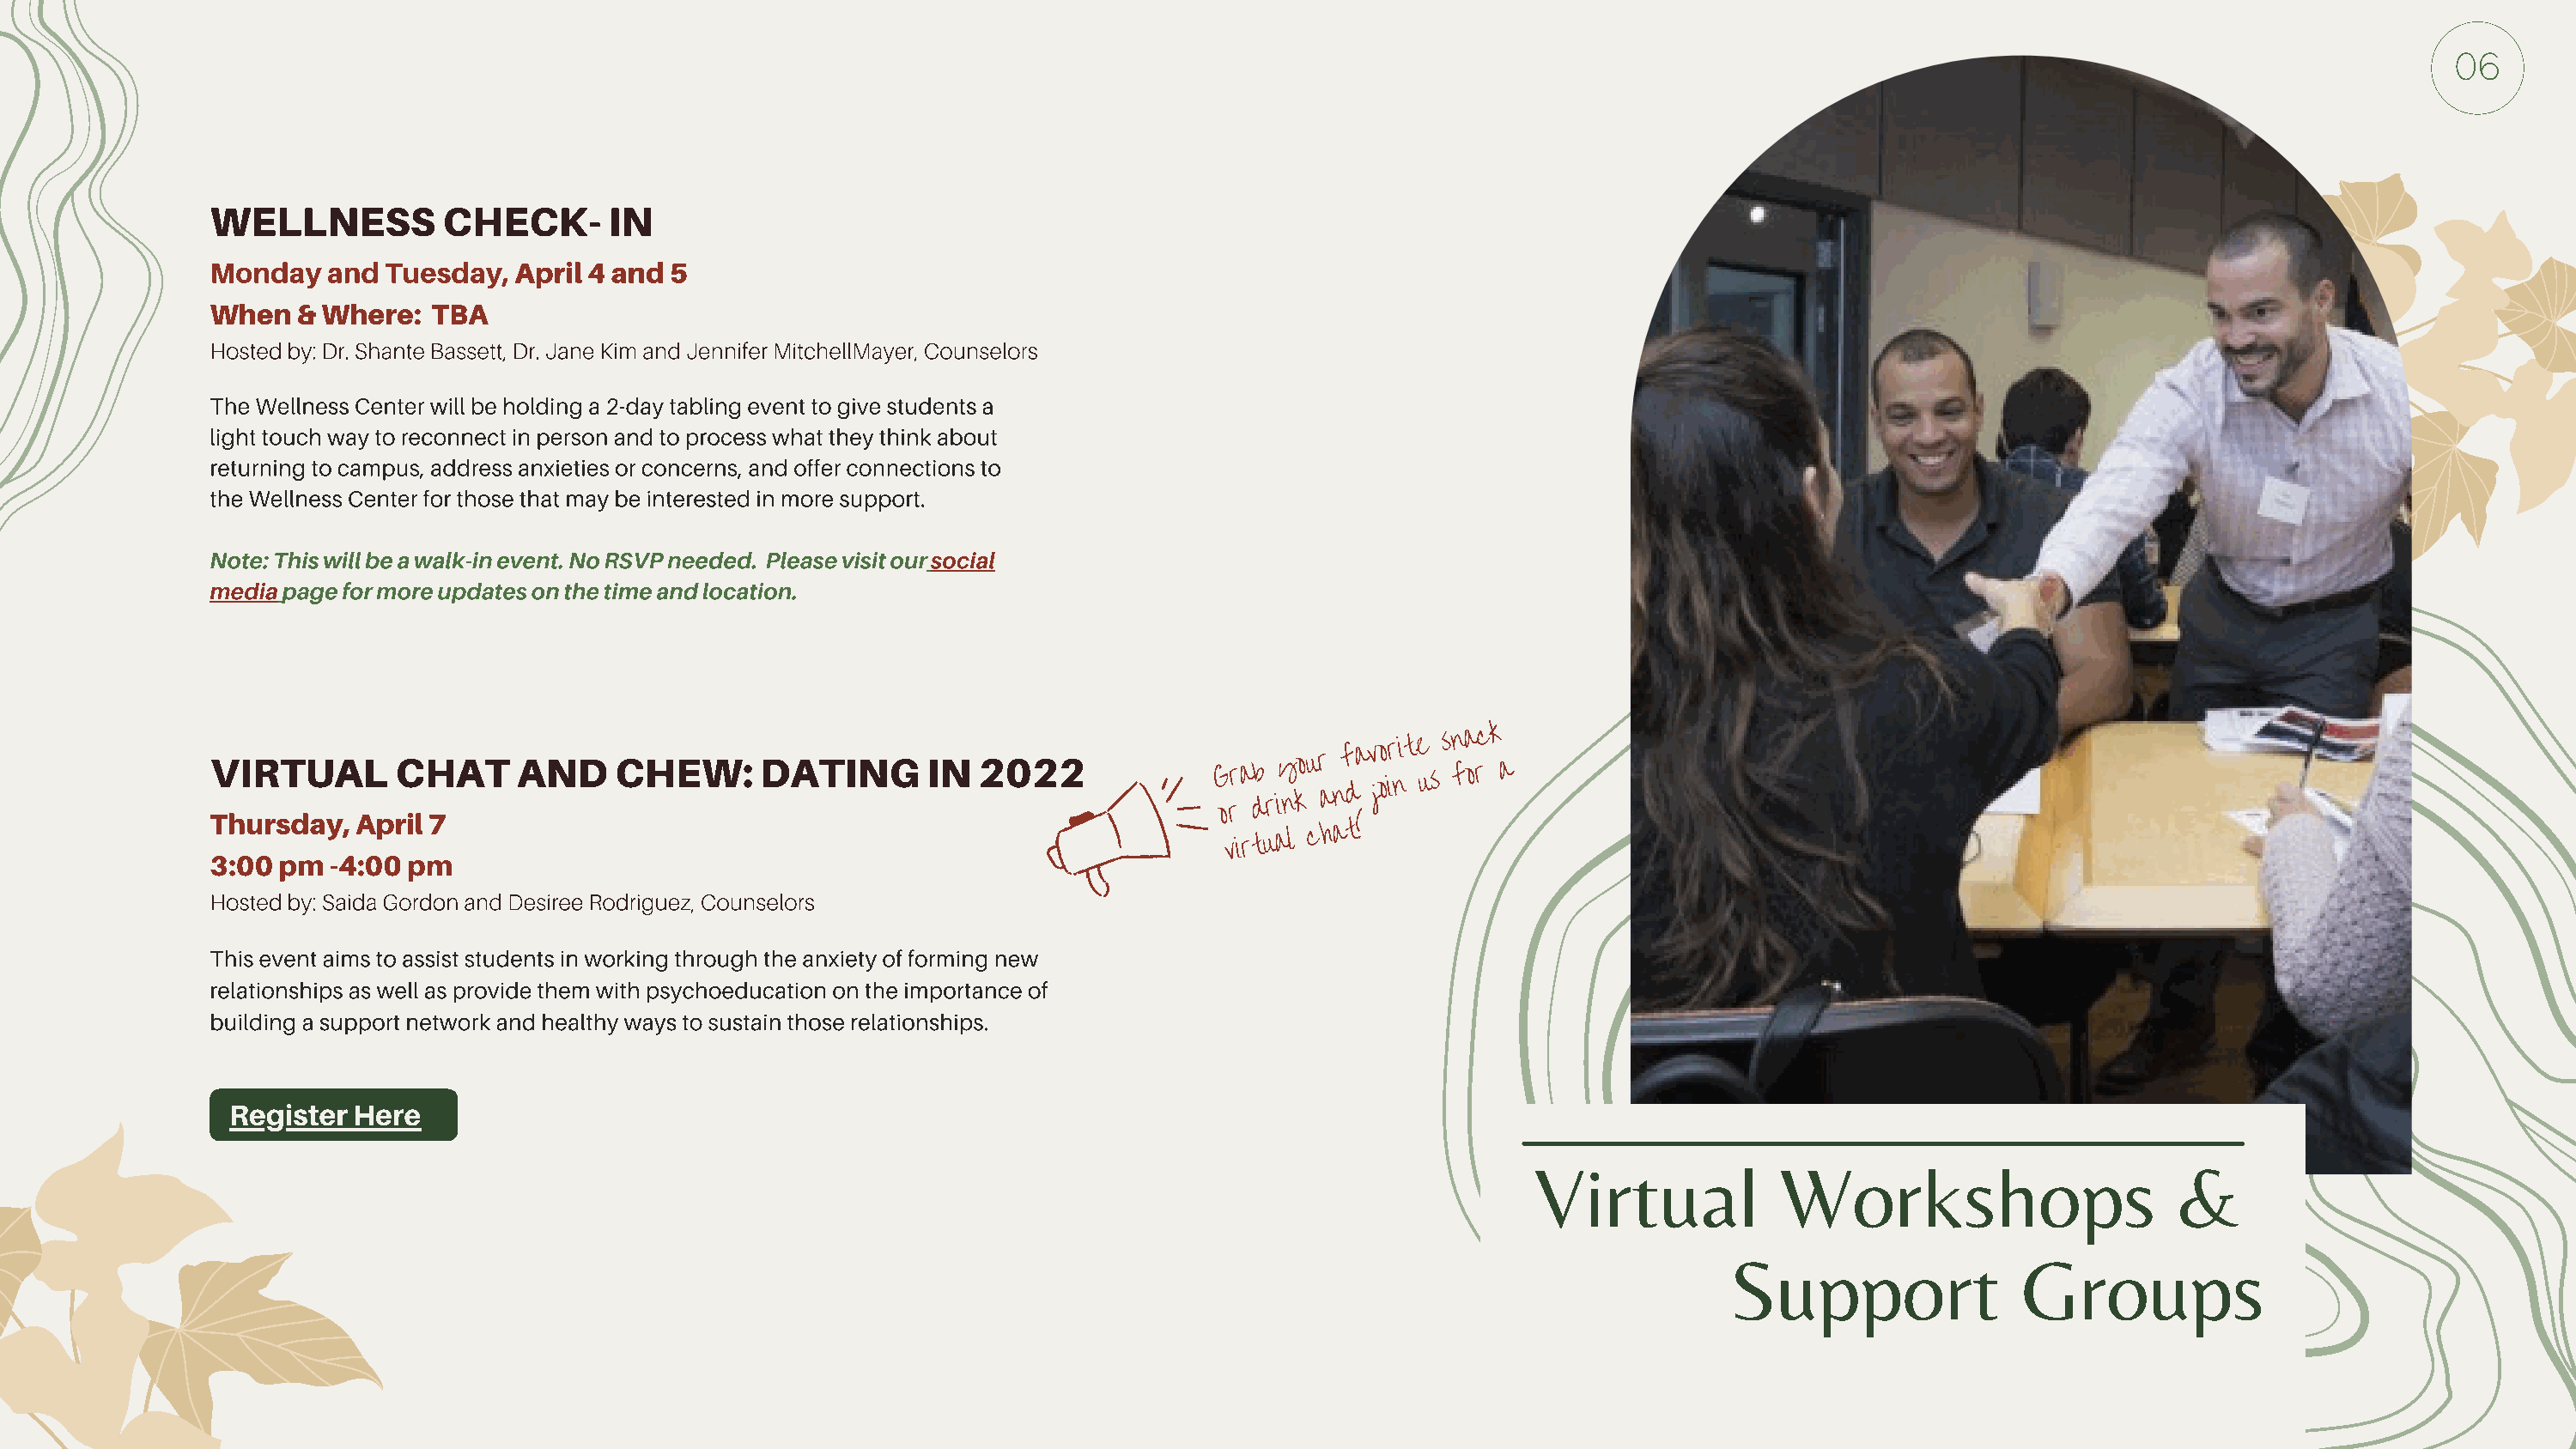
06
 WELLNESS          CHECK-       IN
 Monday   and  Tuesday,  April 4 and 5
 When   & Where:  TBA
 Hosted by: Dr. Shante Bassett, Dr. Jane Kim and Jennifer MitchellMayer, Counselors
 The Wellness Center will be holding a 2-day tabling event to give students a
 light touch way to reconnect in person and to process what they think about
 returning to campus, address anxieties or concerns, and offer connections to
 the Wellness Center for those that may be interested in more support.
 Note: This will be a walk-in event. No RSVP needed. Please visit our social
 media page for more updates on the time and location.
 V ThI uR rsT dU ayA
 ,
 AL
 p
 rC
 il
 H
 7
 AT   AND    CHEW:       DATING      IN  2022               G orr a db riy nkou r
 a
 nf da v joo ir nit e u s
 sn fa orc k
 a
 3:00 pm  -4:00 pm
 virtual
 chat!
 Hosted by: Saida Gordon and Desiree Rodriguez, Counselors
 This event aims to assist students in working through the anxiety of forming new
 relationships as well as provide them with psychoeducation on the importance of
 building a support network and healthy ways to sustain those relationships.
 Register Here
 Virtual            Workshops                      &
 Support                Groups